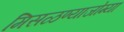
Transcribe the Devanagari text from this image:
मिसळण्याजोग्या